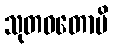
သုတဝတောပိ